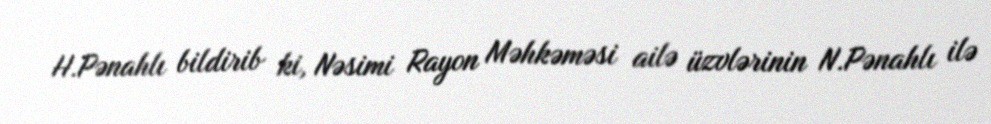
H.Pənahlı bildirib ki, Nəsimi Rayon Məhkəməsi ailə üzvlərinin N.Pənahlı ilə